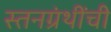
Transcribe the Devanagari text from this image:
स्तनग्रंथींची